Laimjala_vallavalitsus, lk 35
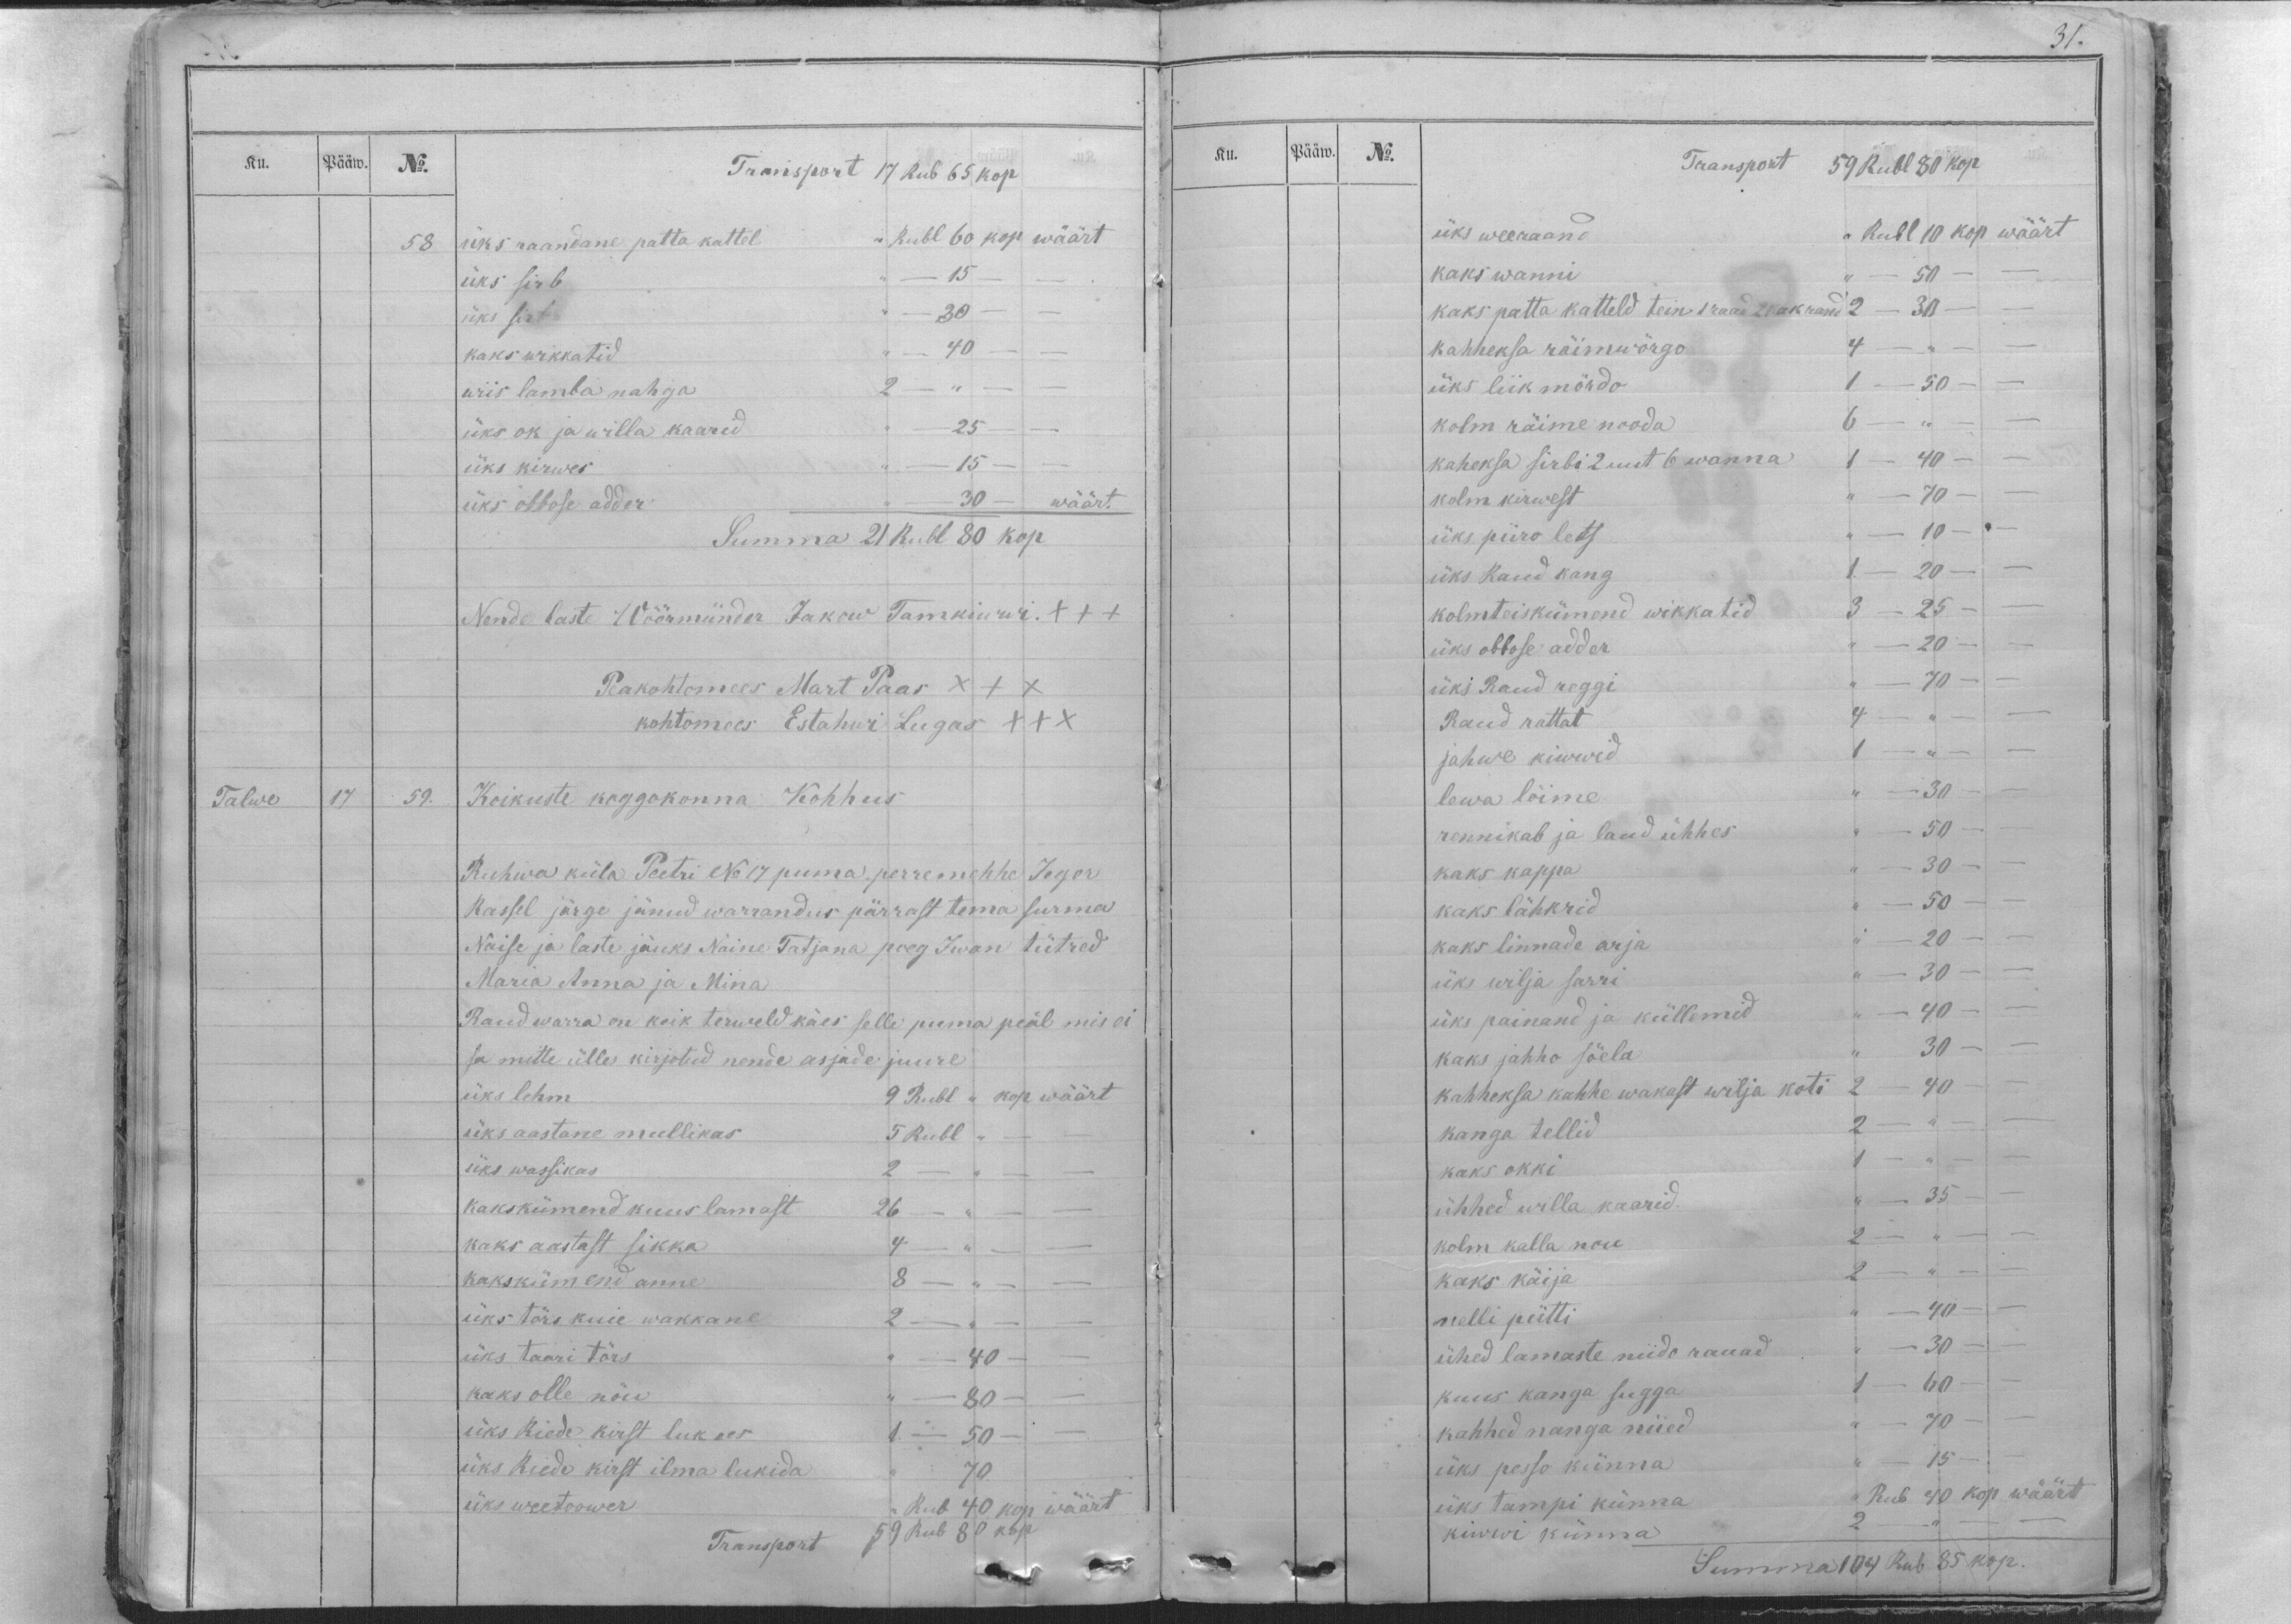
31.

Ku.
Pääw.
No.
Transport 17 Rub 65 kop
58
üks raandane patta kattel ,, Rubl 60 kop wäärt
üks sirb ,, - 15 - -
üks sirb ,, - 30 - -
kaks wikkatid ,, - 40 - -
wiis lamba nahga 2 - ,, - -
üks ok ja willa kaarid ,, - 25 - -
üks kirwes ,, - 15 - -
üks obbose adder ,, - 30 - wäärt.
Summa 21 Rubl 80 kop.
Nende laste Wöörmünder Jakow Tamkiwwi. XXX
Peakohtomees Mart Paas XXX
kohtomees Estahwi Lugas XXX
Talwe
17
59.
Koikuste koggokonna Kohhus
Ruhwa küla Peetri No 17 puma perremehhe Jegor
Rassel järge jänud warrandus pärrast tema surma
Naise ja laste jäuks Naine Tatjana poeg Iwan tütred
Maria Anna ja Mina
Raud warra on keik terweld käes selle puma peäl mis ei
sa mitte ülles kirjotud nende asjade juure
üks lehm 9 Rubl ,, kop wäärt
üks aastane mullikas 5 Rubl ,, - -
üks wassikas 2 - ,, - -
kakskümend kuus lamast 26 - ,, - -
kaks aastast sikka 4 - ,, - -
kakskümend anne 8 - ,, - -
üks törs kuie wakkane 2 - ,, - -
üks taari törs ,, - 40 - -
kaks olle nöu  ,, - 80 - -
üks Riede kirst luk ees 1. - 50 - -
üks Riede kirst ilma lukida ,, 70
üks weetoower ,, Rub 40 kop wäärt
Transport 59 Rub 80 kop

Ku.
Pääw.
No.
Transport 59 Rubl 80 kop
üks weeraand ,, Rubl 10 kop wäärt
kaks wanni ,, - 50 - -
kaks patta katteld tein 1 raad 2 kak rand 2 - 30 - -
kahheksa räimwörgo 4 - ,,  - -
üks liik mördo 1 - 50 - -
kolm räime nooda 6 - ,, - -
kaheksa sirbi 2 uut 6 wanna 1 - 40 - -
kolm kirwest ,,  - 70 - -
üks piiro lets ,, - 10 - -
üks Raud kang 1. - 20 - -
kolmteiskümend wikkatid 3 - 25 - -
üks obbose adder ,, - 20 - -
üks Raud reggi ,, - 70 - -
Raud rattat 4 - ,, - -
jahwe kiwwid 1 - ,,  - -
lewa löime ,, - 30 - -
rennikab ja laud ühhes ,, - 50 - -
kaks kappa ,, - 30 - -
kaks lähkrid ,, - 50 - -
kaks linnade arja ,, - 20 - -
üks wilja sarri  ,, - 30 - -
üks painand ja küllemid ,, - 40 - -
kaks jahho söela ,, 30 - -
kahheksa kahhe wakast wilja koti 2 - 40 - -
kanga tellid 2 - ,, - -
kaks okki 1 - ,, - -
ühhed willa kaarid.  ,, - 35 - -
kolm kalla nou 2 - ,, - -
kaks käija 2 - ,, - -
nelli pütti  ,, - 40 - -
ühed lamaste niido rauad ,, -  30 - -
kuus kanga sugga 1 - 60 - -
kahhed nanga niied ,, - 70 - -
üks pesso künna ,, - 15 - -
üks tampi künna  ,, Rub 40 kop wäärt
kiwwi künna 2 - ,, - -
Summa 104 Rub 85 kop.